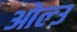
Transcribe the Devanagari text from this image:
ओल्‍उ